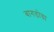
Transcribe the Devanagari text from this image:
बागडोग्रा